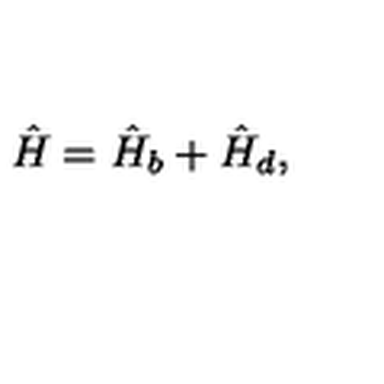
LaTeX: \hat { H } = \hat { H } _ { b } + \hat { H } _ { d } ,